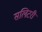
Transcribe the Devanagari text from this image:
सलिटरी